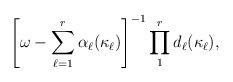
LaTeX: \begin{align*}\left[ \omega - \sum_{\ell = 1}^{r} \alpha_{\ell} (\kappa_{\ell} )\right]^{-1} \prod_{1}^{r} d_{\ell}(\kappa_{\ell}) ,\end{align*}